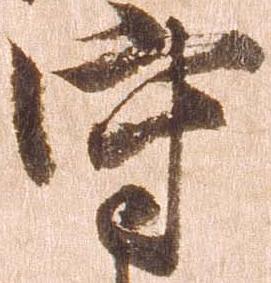
守